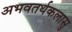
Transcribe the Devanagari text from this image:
अभवतर्थकलासु